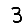
Digit: 3